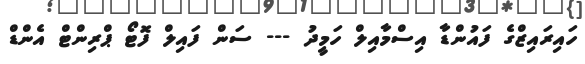
ހައިރައިޒްގެ ފައުންޑާ އިސްމާއިލް ހަމީދު --- ސަން ފައިލް ފޮޓޯ ޕްރިންޓް އެންޑް